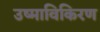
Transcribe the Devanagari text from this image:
उष्माविकिरण